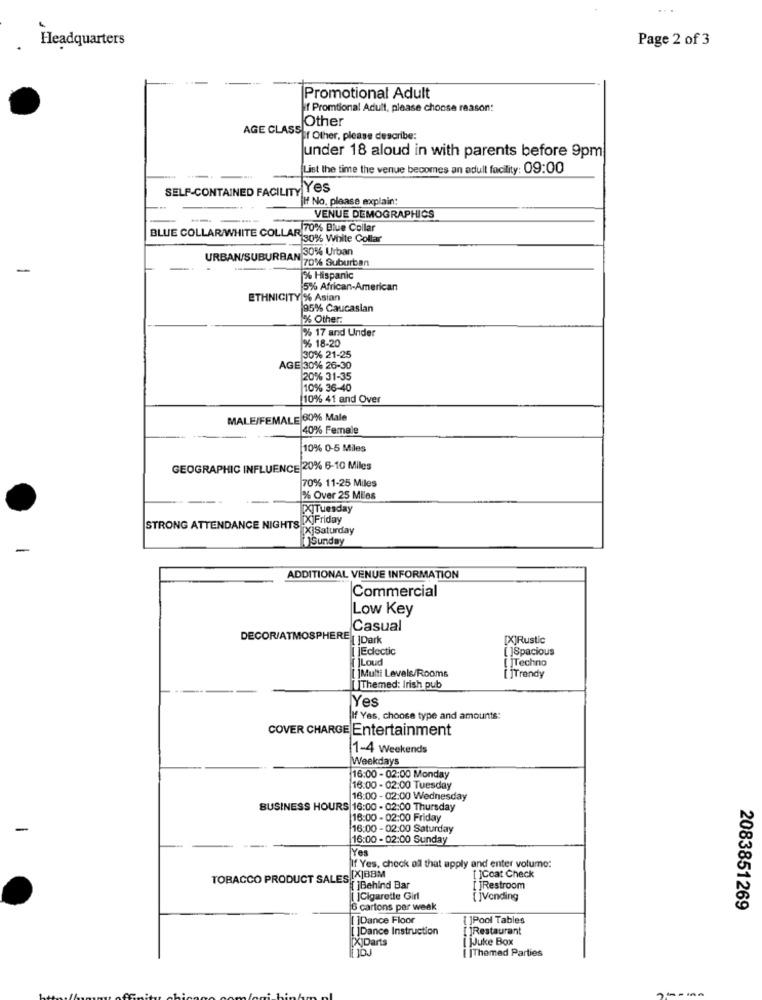
Headquarters
Page 2 of 3
Promotional Adult
if Promtional Adult, please choose reason:
Other
AGE CLASSEr Other, please describe:
under 18 aloud in with parents before 9pm
List the time the venue becomes an adult facility: 09:00
SELF-CONTAINED FACILITY Yes
[If No, please explain:
-
VENUE DEMOGRAPHICS
BLUE COLLAR/WHITE COLLAR 70% Blue Collar
Al30% White Collar
URBAN/SUBURBAN 30% Urban
AN 70% Suburban
-
% Hispanic
5% African-American
ETHNICITY % Asian
95% Caucasian
% Other:
% 17 and Under
% 18-20
30% 21-25
AGE 30% 26-30
20% 31-35
10% 36-40
10% 41 and Over
MALE/FEMALE 60% Male
40% Female
10% 0-5 Miles
GEOGRAPHIC INFLUENCE 20% 6-10 Miles
70% 11-25 Miles
% Over 25 Miles
XITuesday
STRONG ATTENDANCE NIGHTS XJFriday
[X]Saturday
Sunday
-
ADDITIONAL VENUE INFORMATION
Commercial
Low Key
Casual
DECOR/ATMOSPHERE
Dark
[X]Rustic
JEclectic
[ ]Spacious
[ ]Loud
[ ]Techno
[ ]Multi Levels/Rooms
[ ]Trendy
Themed: Irish pub
Yes
If Yes, choose type and amounts:
COVER CHARGE Entertainment
1-4 Weekends
Weekdays
16:00 - 02:00 Monday
16:00 - 02:00 Tuesday
16:00 - 02:00 Wednesday
BUSINESS HOURS 16:00 - 02:00 Thursday
16:00 - 02:00 Friday
16:00 - 02:00 Saturday
16:00 - 02:00 Sunday
Yes
If Yes, check all that apply and enter volume:
TOBACCO PRODUCT SALES [X]BBM
[ ]Coat Check
[ ]Behind Bar
JRestroom
[ ]Cigarette Girl
[ ]Vending
6 cartons per week
2083851269
[ ]Dance Floor
[ ]Pool Tables
Dance Instruction
[ ]Restaurant
[X]Darts
[ ]Juke Box
[ ]Themed Parties